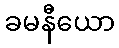
ခမနီယော